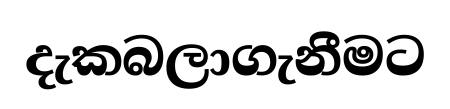
දැකබලාගැනීමට